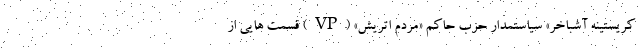
کریستینه آشباخر» سیاستمدار حزب حاکم «مردم اتریش» (VP) قسمت هایی از